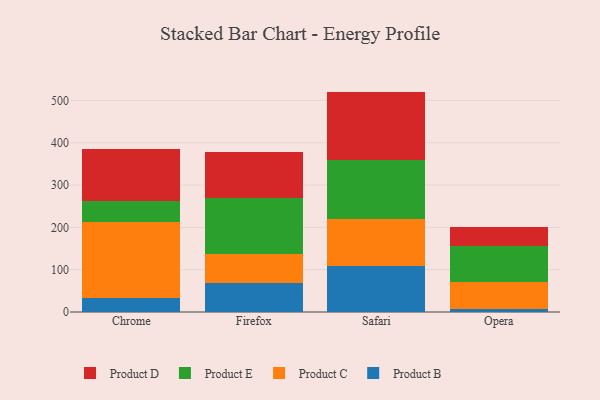
{"axis": {"x": "Browser", "y": "Backlog"}, "legend": ["Product B", "Product C", "Product D", "Product E"], "data": [{"x": "Chrome", "y": 33.1, "type": "Product B"}, {"x": "Chrome", "y": 179.3, "type": "Product C"}, {"x": "Chrome", "y": 49.4, "type": "Product E"}, {"x": "Chrome", "y": 123.3, "type": "Product D"}, {"x": "Firefox", "y": 67.4, "type": "Product B"}, {"x": "Firefox", "y": 69.7, "type": "Product C"}, {"x": "Firefox", "y": 133.3, "type": "Product E"}, {"x": "Firefox", "y": 107.9, "type": "Product D"}, {"x": "Safari", "y": 109.8, "type": "Product B"}, {"x": "Safari", "y": 108.9, "type": "Product C"}, {"x": "Safari", "y": 140.0, "type": "Product E"}, {"x": "Safari", "y": 162.2, "type": "Product D"}, {"x": "Opera", "y": 6.6, "type": "Product B"}, {"x": "Opera", "y": 64.4, "type": "Product C"}, {"x": "Opera", "y": 85.7, "type": "Product E"}, {"x": "Opera", "y": 45.3, "type": "Product D"}]}